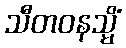
သီတဝနသ္မိံ